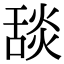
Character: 舕